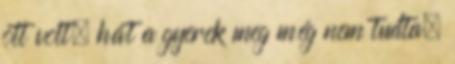
ott volt, hát a gyerek meg még nem tudta,